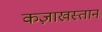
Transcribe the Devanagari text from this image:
कज़ाखस्तान